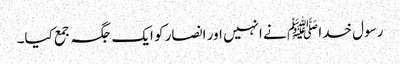
رسول خدا ﷺ نے انہیں اور انصار کو ایک جگہ جمع کیا۔